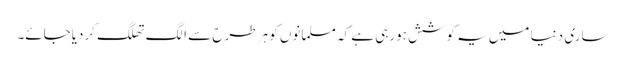
ساری دنیا میں یہ کوشش ہورہی ہے کہ مسلمانوں کو ہر طرح سے الگ تھلگ کردیاجائے۔